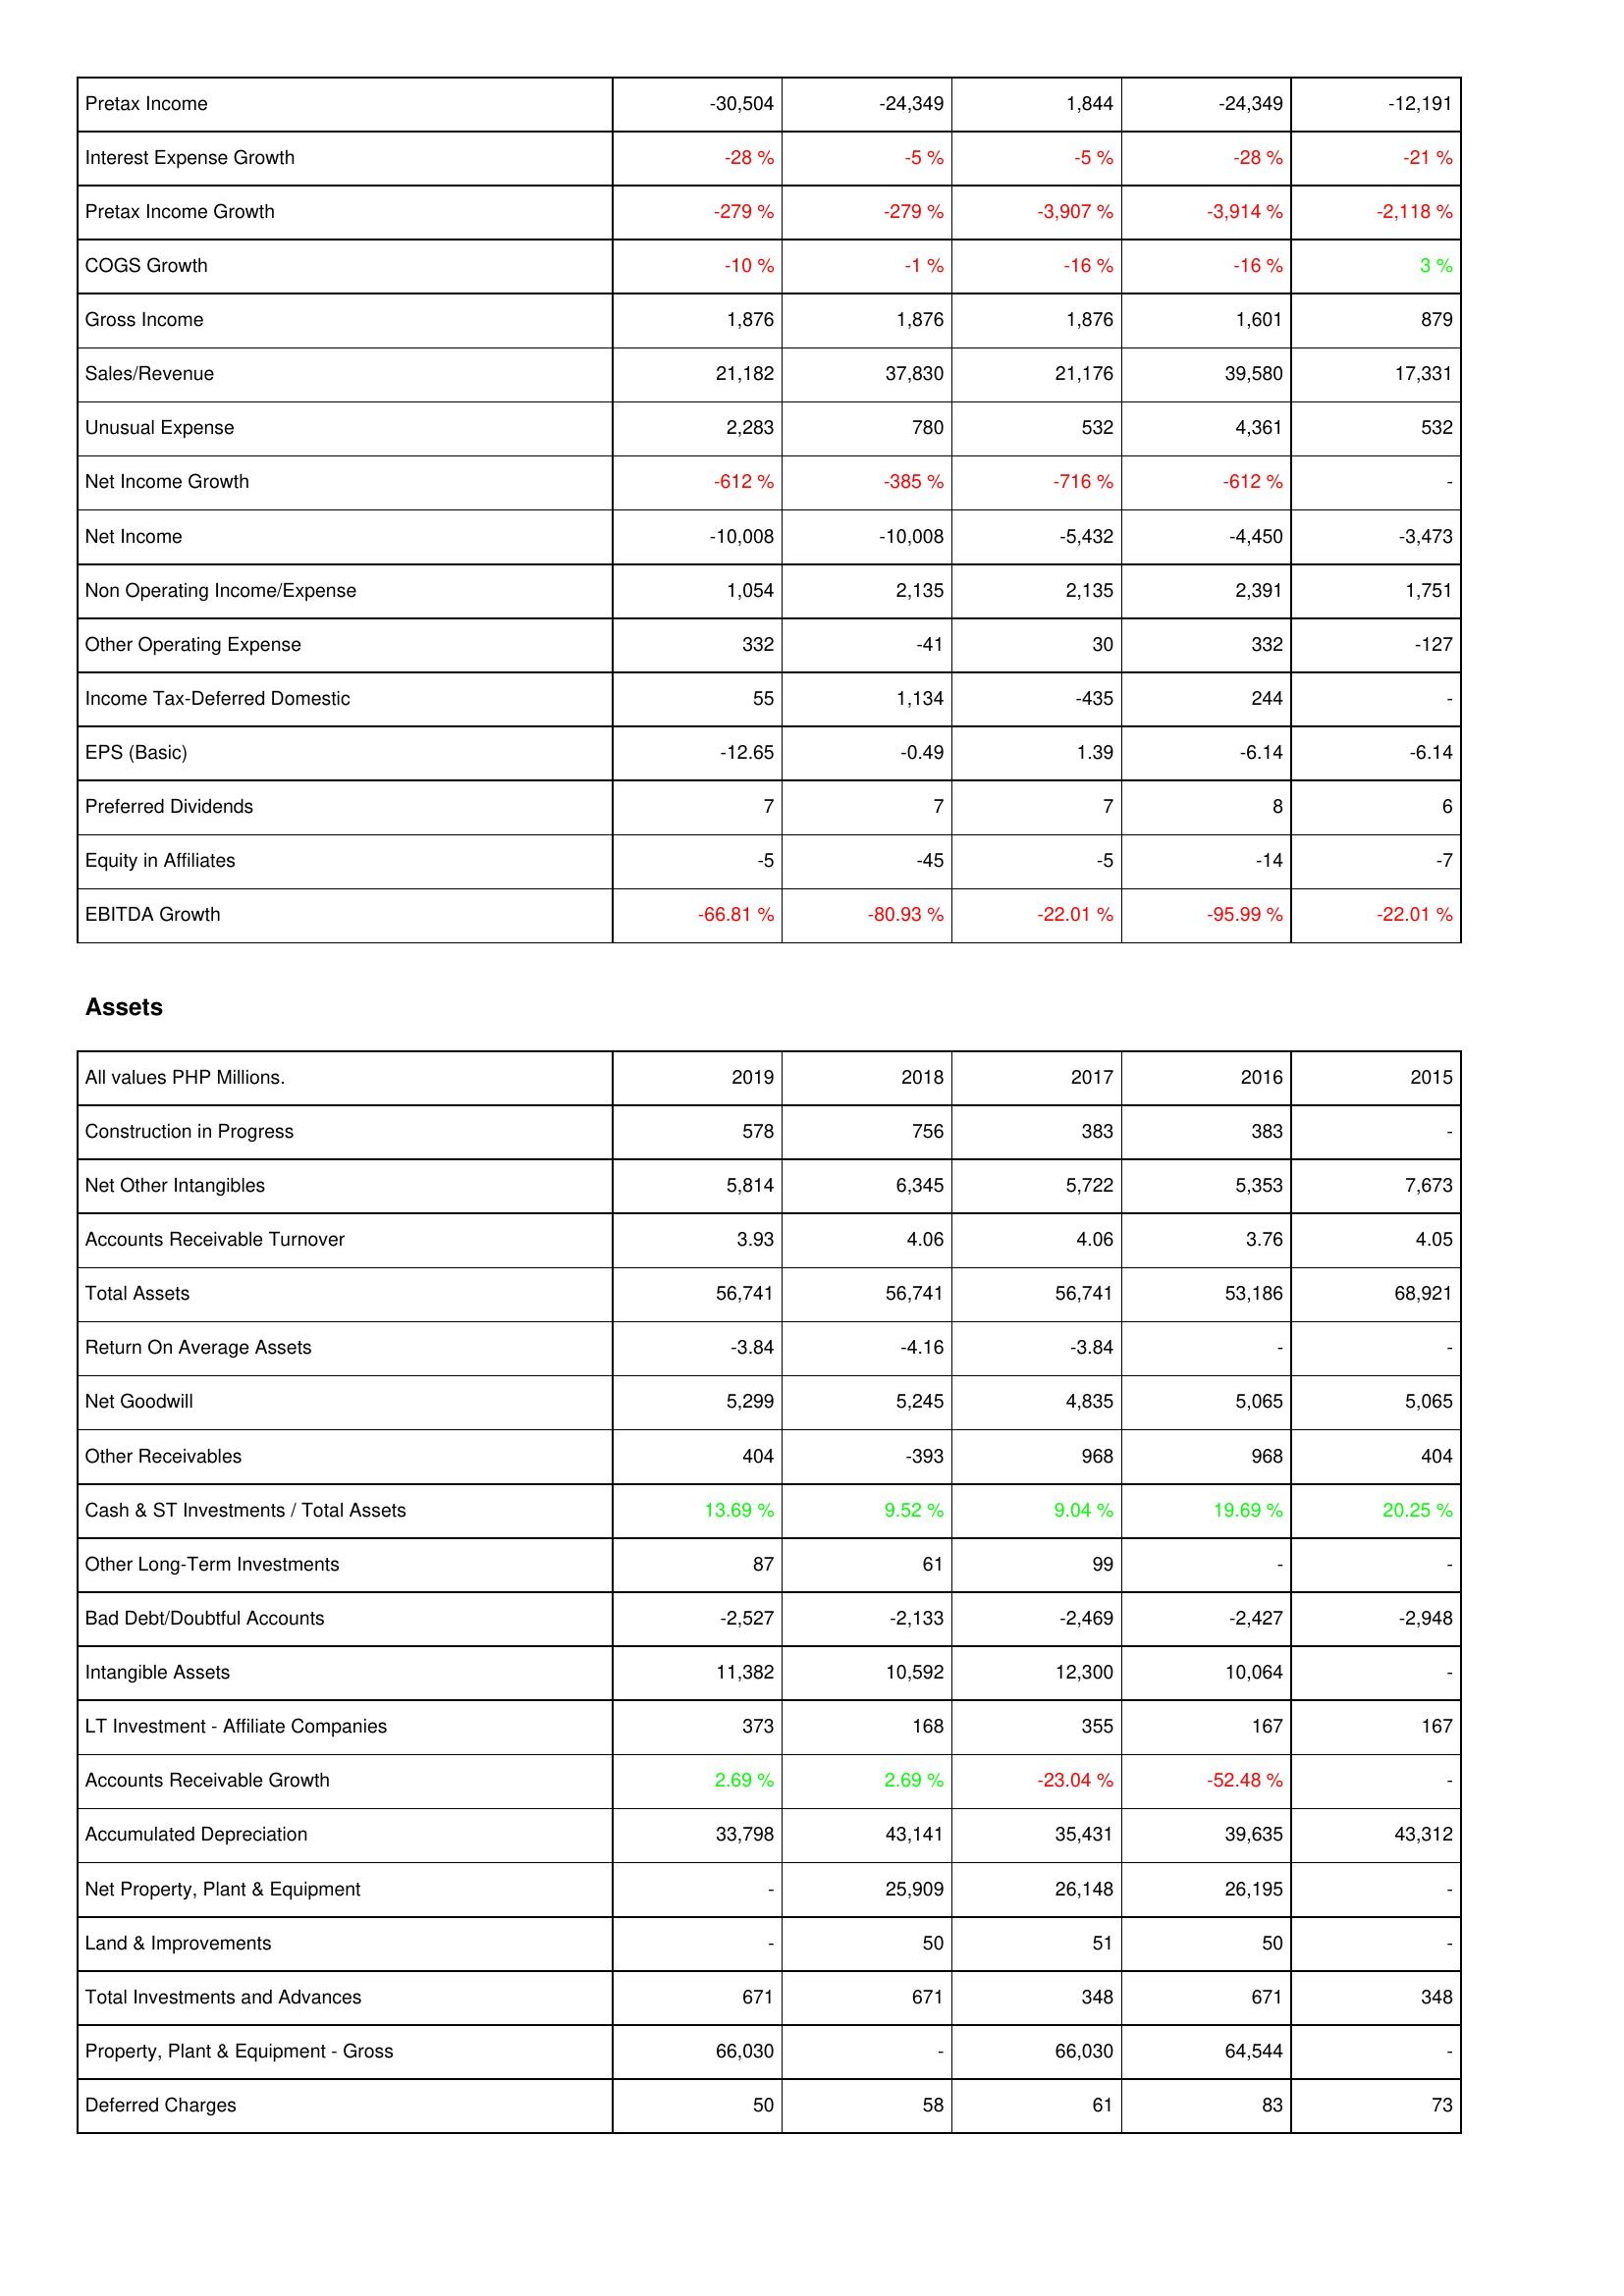
2019: Income Statement: Pretax Income: -30,504
Interest Expense Growth: -28 %
Pretax Income Growth: -279 %
COGS Growth: -10 %
Gross Income: 1,876
Sales/Revenue: 21,182
Unusual Expense: 2,283
Net Income Growth: -612 %
Net Income: -10,008
Non Operating Income/Expense: 1,054
Other Operating Expense: 332
Income Tax-Deferred Domestic: 55
EPS (Basic): -12.65
Preferred Dividends: 7
Equity in Affiliates: -5
EBITDA Growth: -66.81 %
Assets: Construction in Progress: 578
Net Other Intangibles: 5,814
Accounts Receivable Turnover: 3.93
Total Assets: 56,741
Return On Average Assets: -3.84
Net Goodwill: 5,299
Other Receivables: 404
Cash & ST Investments / Total Assets: 13.69 %
Other Long-Term Investments: 87
Bad Debt/Doubtful Accounts: -2,527
Intangible Assets: 11,382
LT Investment - Affiliate Companies: 373
Accounts Receivable Growth: 2.69 %
Accumulated Depreciation: 33,798
Net Property, Plant & Equipment: -
Land & Improvements: -
Total Investments and Advances: 671
Property, Plant & Equipment - Gross: 66,030
Deferred Charges: 50
2018: Income Statement: Pretax Income: -24,349
Interest Expense Growth: -5 %
Pretax Income Growth: -279 %
COGS Growth: -1 %
Gross Income: 1,876
Sales/Revenue: 37,830
Unusual Expense: 780
Net Income Growth: -385 %
Net Income: -10,008
Non Operating Income/Expense: 2,135
Other Operating Expense: -41
Income Tax-Deferred Domestic: 1,134
EPS (Basic): -0.49
Preferred Dividends: 7
Equity in Affiliates: -45
EBITDA Growth: -80.93 %
Assets: Construction in Progress: 756
Net Other Intangibles: 6,345
Accounts Receivable Turnover: 4.06
Total Assets: 56,741
Return On Average Assets: -4.16
Net Goodwill: 5,245
Other Receivables: -393
Cash & ST Investments / Total Assets: 9.52 %
Other Long-Term Investments: 61
Bad Debt/Doubtful Accounts: -2,133
Intangible Assets: 10,592
LT Investment - Affiliate Companies: 168
Accounts Receivable Growth: 2.69 %
Accumulated Depreciation: 43,141
Net Property, Plant & Equipment: 25,909
Land & Improvements: 50
Total Investments and Advances: 671
Property, Plant & Equipment - Gross: -
Deferred Charges: 58
2017: Income Statement: Pretax Income: 1,844
Interest Expense Growth: -5 %
Pretax Income Growth: -3,907 %
COGS Growth: -16 %
Gross Income: 1,876
Sales/Revenue: 21,176
Unusual Expense: 532
Net Income Growth: -716 %
Net Income: -5,432
Non Operating Income/Expense: 2,135
Other Operating Expense: 30
Income Tax-Deferred Domestic: -435
EPS (Basic): 1.39
Preferred Dividends: 7
Equity in Affiliates: -5
EBITDA Growth: -22.01 %
Assets: Construction in Progress: 383
Net Other Intangibles: 5,722
Accounts Receivable Turnover: 4.06
Total Assets: 56,741
Return On Average Assets: -3.84
Net Goodwill: 4,835
Other Receivables: 968
Cash & ST Investments / Total Assets: 9.04 %
Other Long-Term Investments: 99
Bad Debt/Doubtful Accounts: -2,469
Intangible Assets: 12,300
LT Investment - Affiliate Companies: 355
Accounts Receivable Growth: -23.04 %
Accumulated Depreciation: 35,431
Net Property, Plant & Equipment: 26,148
Land & Improvements: 51
Total Investments and Advances: 348
Property, Plant & Equipment - Gross: 66,030
Deferred Charges: 61
2016: Income Statement: Pretax Income: -24,349
Interest Expense Growth: -28 %
Pretax Income Growth: -3,914 %
COGS Growth: -16 %
Gross Income: 1,601
Sales/Revenue: 39,580
Unusual Expense: 4,361
Net Income Growth: -612 %
Net Income: -4,450
Non Operating Income/Expense: 2,391
Other Operating Expense: 332
Income Tax-Deferred Domestic: 244
EPS (Basic): -6.14
Preferred Dividends: 8
Equity in Affiliates: -14
EBITDA Growth: -95.99 %
Assets: Construction in Progress: 383
Net Other Intangibles: 5,353
Accounts Receivable Turnover: 3.76
Total Assets: 53,186
Return On Average Assets: -
Net Goodwill: 5,065
Other Receivables: 968
Cash & ST Investments / Total Assets: 19.69 %
Other Long-Term Investments: -
Bad Debt/Doubtful Accounts: -2,427
Intangible Assets: 10,064
LT Investment - Affiliate Companies: 167
Accounts Receivable Growth: -52.48 %
Accumulated Depreciation: 39,635
Net Property, Plant & Equipment: 26,195
Land & Improvements: 50
Total Investments and Advances: 671
Property, Plant & Equipment - Gross: 64,544
Deferred Charges: 83
2015: Income Statement: Pretax Income: -12,191
Interest Expense Growth: -21 %
Pretax Income Growth: -2,118 %
COGS Growth: 3 %
Gross Income: 879
Sales/Revenue: 17,331
Unusual Expense: 532
Net Income Growth: -
Net Income: -3,473
Non Operating Income/Expense: 1,751
Other Operating Expense: -127
Income Tax-Deferred Domestic: -
EPS (Basic): -6.14
Preferred Dividends: 6
Equity in Affiliates: -7
EBITDA Growth: -22.01 %
Assets: Construction in Progress: -
Net Other Intangibles: 7,673
Accounts Receivable Turnover: 4.05
Total Assets: 68,921
Return On Average Assets: -
Net Goodwill: 5,065
Other Receivables: 404
Cash & ST Investments / Total Assets: 20.25 %
Other Long-Term Investments: -
Bad Debt/Doubtful Accounts: -2,948
Intangible Assets: -
LT Investment - Affiliate Companies: 167
Accounts Receivable Growth: -
Accumulated Depreciation: 43,312
Net Property, Plant & Equipment: -
Land & Improvements: -
Total Investments and Advances: 348
Property, Plant & Equipment - Gross: -
Deferred Charges: 73